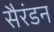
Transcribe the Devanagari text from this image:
सैरंडन